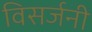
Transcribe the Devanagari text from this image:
विसर्जनी